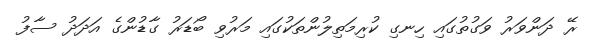
ރޭ ދަންވަރު ވަގުތުގައި ހިނގި ކުރިމަތިލުންތަކުގައި މަރުވި ބޯޑަރު ގާޑުންގެ އަދަދު ސާފު